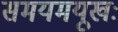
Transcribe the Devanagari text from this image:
समयमयूखः